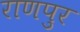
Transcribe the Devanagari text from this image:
राणपुर